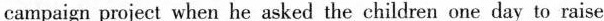
campaign project when he asked the children one day to raise